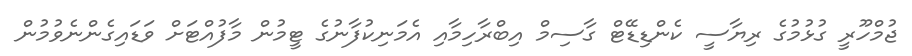
ޖުމްހޫރީ ގުޅުމުގެ ރިޔާސީ ކެންޑިޑޭޓް ގާސިމް އިބްރާހިމާއި އެމަނިކުފާނުގެ ޓީމުން މާފުއްޓަށް ވަޑައިގެންނެވުމުން